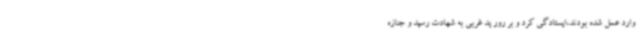
وارد عمل شده بودند،ایستادگی کرد و بر رور پد غربی به شهادت رسید و جنازه